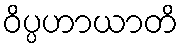
ဝိပ္ပဟာယာတိ